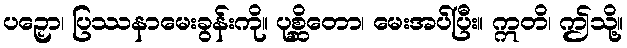
ပဉှော၊ ပြဿနာမေးခွန်းကို။ ပုစ္ဆိတော၊ မေးအပ်ပြီး။ ဣတိ၊ ဤသို့။